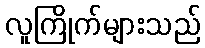
လူကြိုက်များသည်